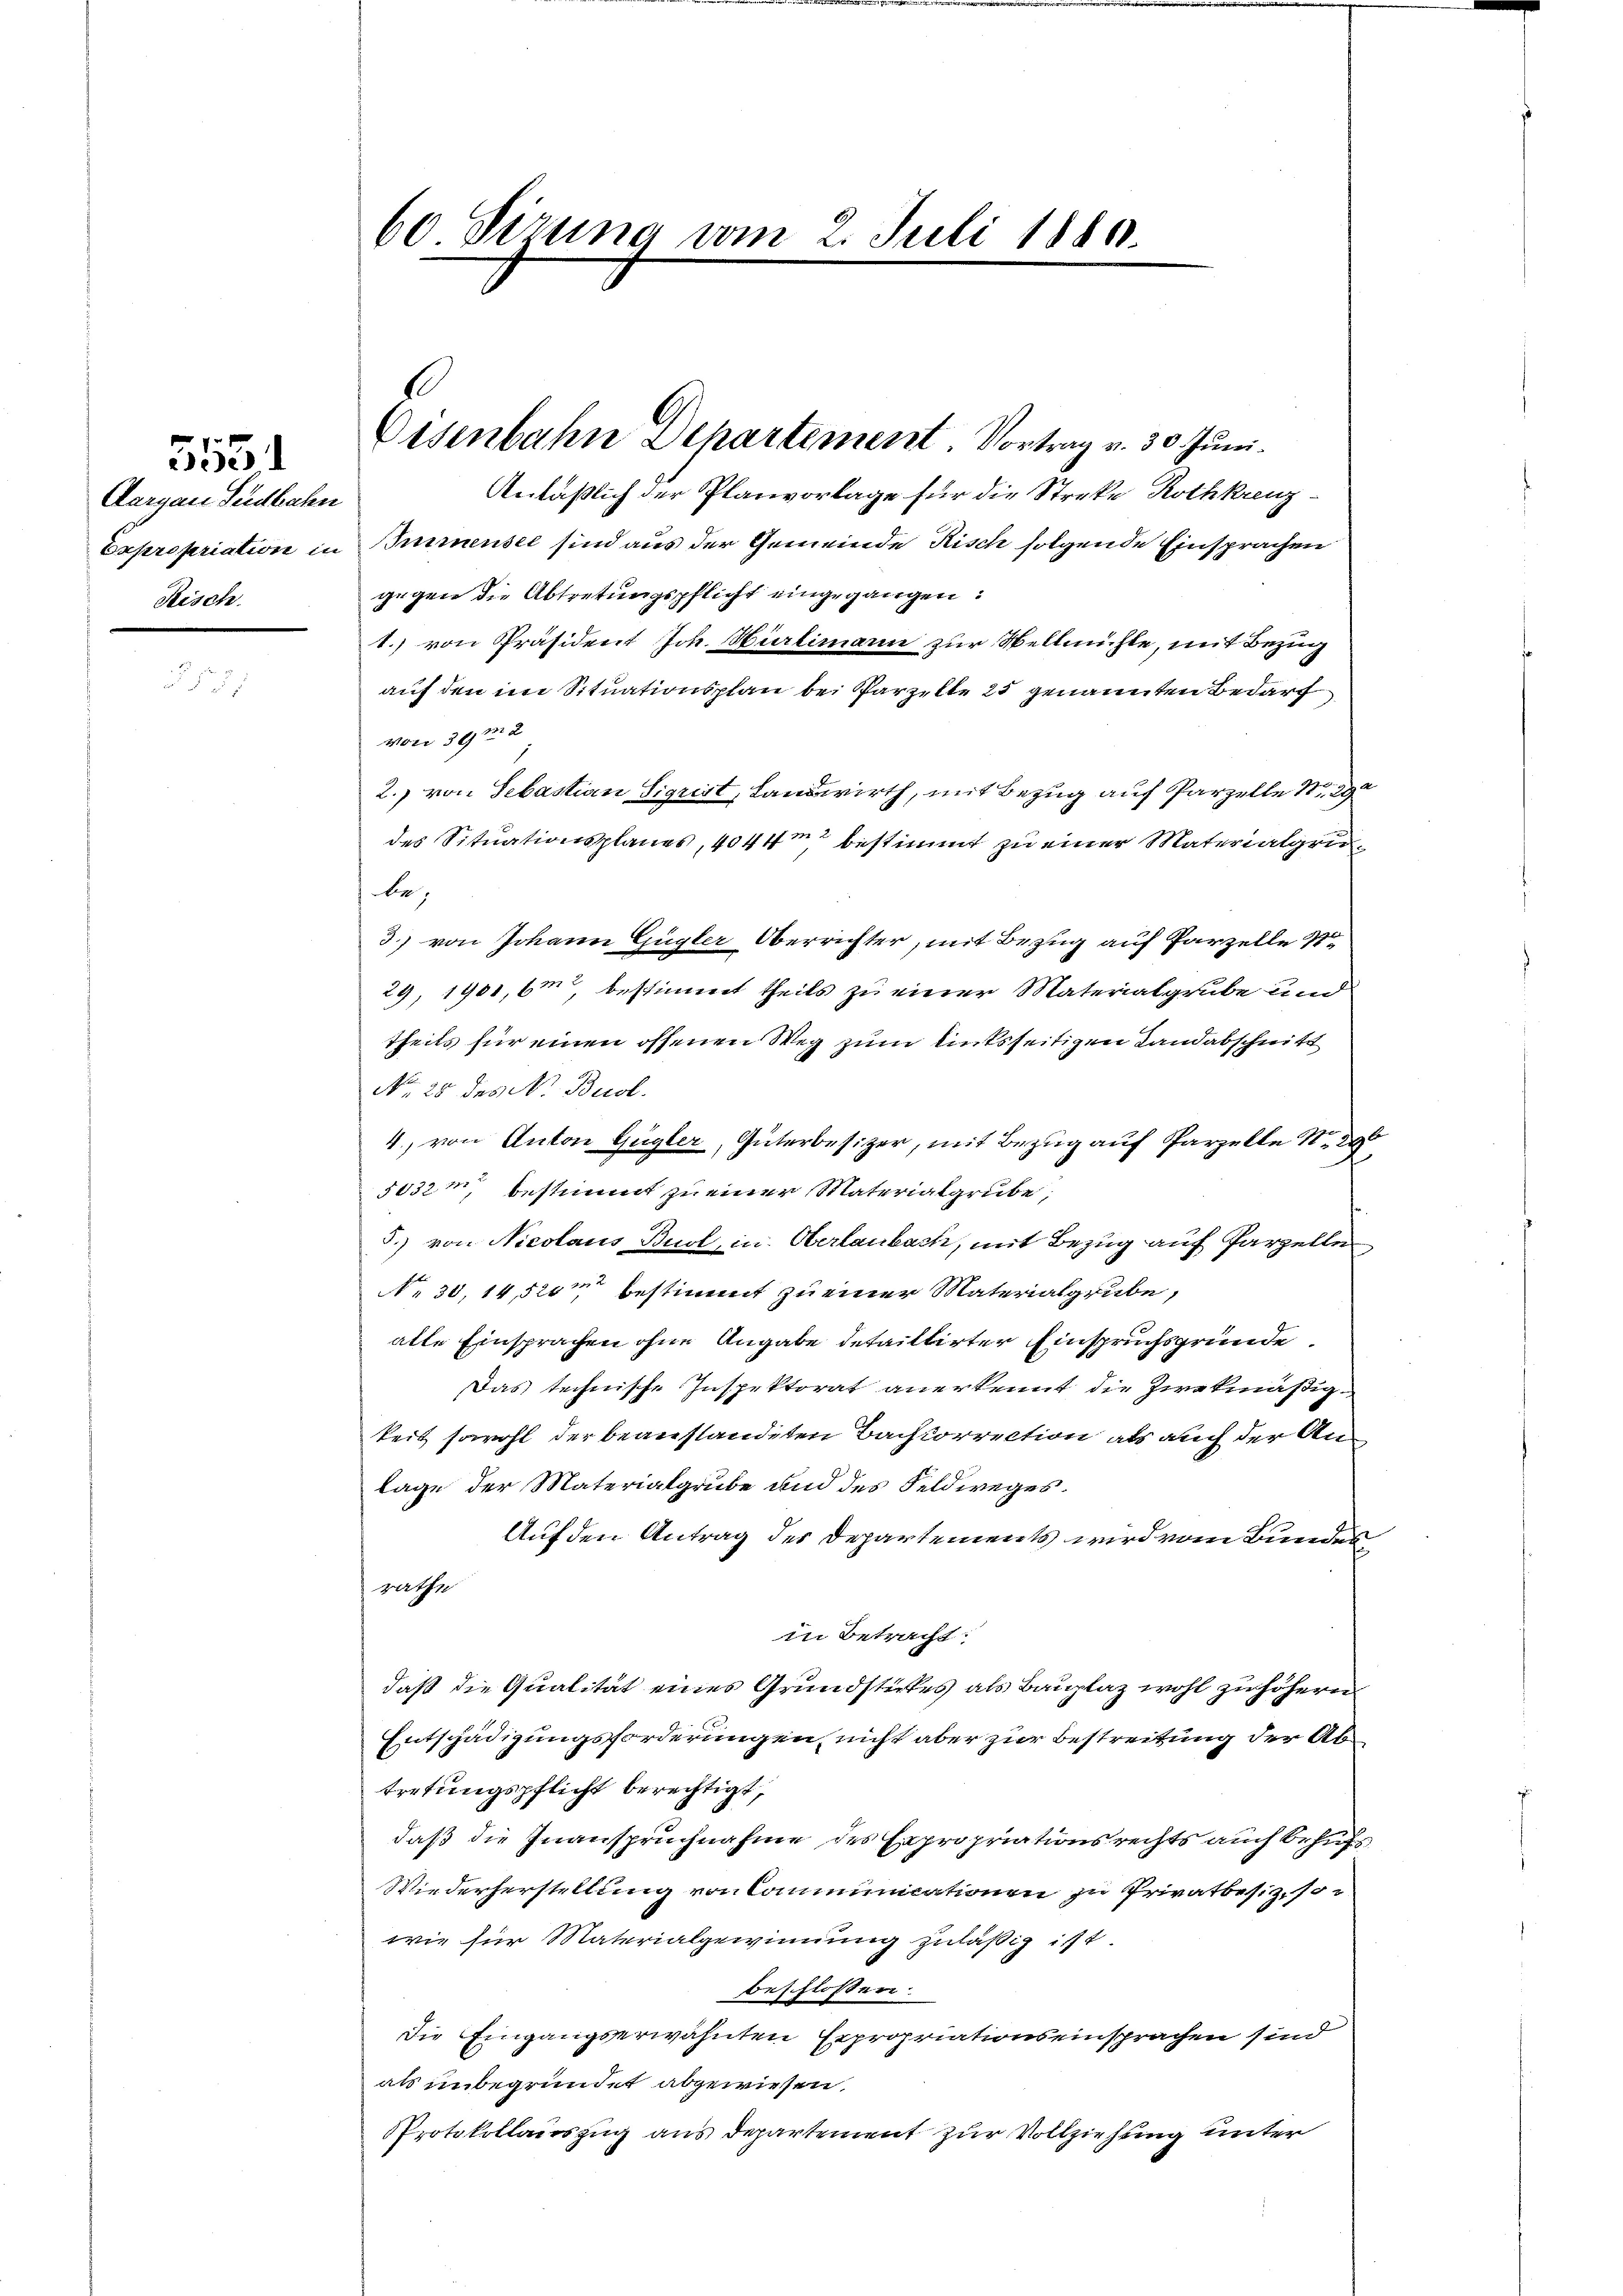
5551

Aargau Südbahn
Fisch.

Anläßlich der Planvorlage für die Streke Rothkreuz¬
Expropriation in Innensee sind aus der Gemeinde Risch folgende Einsprachen
gegen die Abtretungspflicht eingegangen:
1.) von Präsident Joh. Niclimann zur Wellnichte, mit Bezing
auf den im Situationsplan bei Parzelte 25 genannten Bedarf
von 392
2. von Sebastian Sigrist, Landwirth, mit Bezug auf Parzelle Nr. 292
des Situationsplanes, 4044, bestimmt zu einer Materialgrube,
3.) von Johann Gugler Oberrichter, mit Bezug auf Parzelle
29, 1901,6m, bestimmt theils zu einer Materialgrube und
theils für einen offenen Weg zum linksseitigen Landabschnitt
No. 28 des N. Buol.
4., von Anton Gügler, Güterbesizer, mit Bezug auf Parzelle No 29
5032m bestimmt zu einer Materialgrube,
5.) von Nicolaus Burt, in Oberlaubach, mit Bezug auf Parzelle
N. 30, 14, 520 bestimmt zu einer Materialgrube,
alte Einsprachen ohne Angabe detaillirter Einspruchsgründe
Das technische Inspektorat anerkennt die zwekmäßigkeit sowohl der beanstandeten Bachkorrection als auch der Anlage der Materialgrube und des Feldweges.
Auf den Antrag des Departements wird vom Bundes
rathe
in Betracht:
daß die Qualität eines Grundstückes als Bauplaz wohl zu höhern
Entschädigungsforderungen, nicht aber zur Bestreitung der Abtretungspflicht berechtigt,
daß die Inanspruchnahme des Expropriationsrechts auch behufs
Wiederherstellung von Communicationen zu Privatbesiz, so
wie für Materialgewinnung zuläßig ist.
beschlossen:
Die Eingangserwähnten Expropriationseinsprachen sind
als unbegründet abgewiesen.
PProtokollauszug aus Departement zur Vollziehung unter

60 Sizung vom 2. Juli 1880.

Eisenbahn Departement. Vortrag v. 30. Juni.